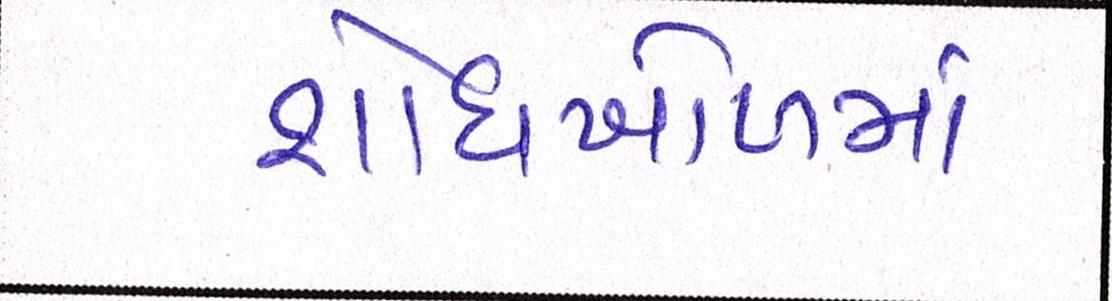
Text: શોધખોળમાં